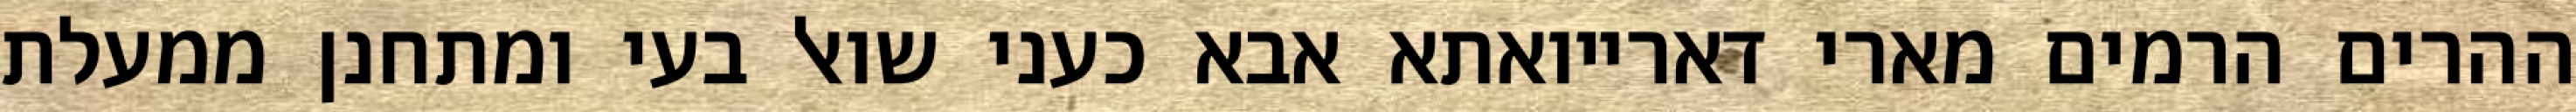
ההרים הרמים מארי דארייואתא אבא כעני שואל בעי ומתחנן ממעלת